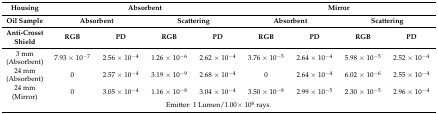
| Housing | <COLSPAN=4> Absorbent | <COLSPAN=4> Mirror |
 | Oil Sample | <COLSPAN=2> Absorbent | <COLSPAN=2> Scattering | <COLSPAN=2> Absorbent | <COLSPAN=2> Scattering |
 | Anti-Crosst Shield | RGB | PD | RGB | PD | RGB | PD | RGB | PD |
 | --- | --- | --- | --- | --- | --- | --- | --- | --- |
 | 3 mm (Absorbent) | 7.93 × 10−7 | 2.56 × 10−4 | 1.26 × 10−6 | 2.62 × 10−4 | 3.76 × 10−5 | 2.64 × 10−4 | 5.98 × 10−5 | 2.52 × 10−4 |
 | 24 mm (Absorbent) | 0 | 2.57 × 10−4 | 3.19 × 10−9 | 2.68 × 10−4 | 0 | 2.64 × 10−4 | 6.02 × 10−6 | 2.55 × 10−4 |
 | 24 mm (Mirror) | 0 | 3.05 × 10−4 | 1.16 × 10−8 | 3.04 × 10−4 | 3.50 × 10−8 | 2.99 × 10−5 | 2.30 × 10−5 | 2.96 × 10−4 |
 | <COLSPAN=9> Emitter: 1 Lumen/1.00× 106 rays. |